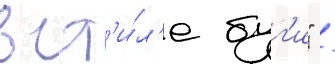
в ст'и́л'е буг'и" /